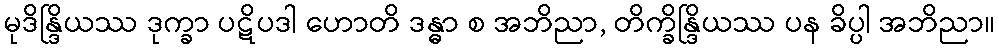
မုဒိန္ဒြိယဿ ဒုက္ခာ ပဋိပဒါ ဟောတိ ဒန္ဓာ စ အဘိညာ, တိက္ခိန္ဒြိယဿ ပန ခိပ္ပါ အဘိညာ။